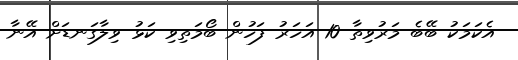
އެކަމަކު ބޭބެ މަރުވިތާ 10 އަހަރު ފަހުން ބޯމަތިވި ކަޅު ވިލާގަނޑަށް އޭނާ